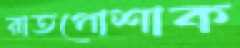
রাতপোশাক